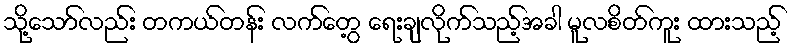
သို့သော်လည်း တကယ်တန်း လက်တွေ့ ရေးချလိုက်သည့်အခါ မူလစိတ်ကူး ထားသည့်